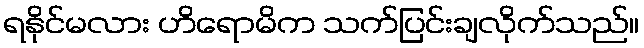
ရနိုင်မလား ဟိရောမိက သက်ပြင်းချလိုက်သည်။